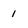
Character: 1